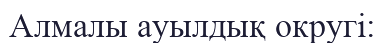
Алмалы ауылдық округі: